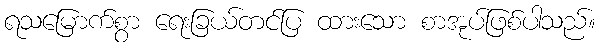
ရသမြောက်စွာ ရေးခြယ်တင်ပြ ထားသော စာအုပ်ဖြစ်ပါသည်။